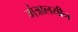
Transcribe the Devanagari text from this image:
मंत्रालयीन